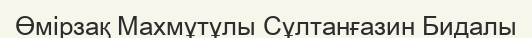
Өмірзақ Махмұтұлы Сұлтанғазин Бидалы